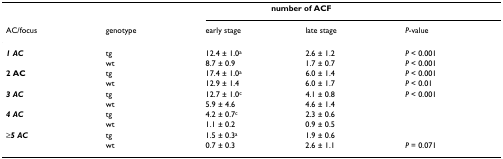
|  |  | <COLSPAN=2> number of ACF |  |
 | AC/focus | genotype | early stage | late stage | P-value |
 | --- | --- | --- | --- | --- |
 | 1 AC | tg | 12.4 ± 1.0a | 2.6 ± 1.2 | P < 0.001 |
 |  | wt | 8.7 ± 0.9 | 1.7 ± 0.7 | P < 0.001 |
 | 2 AC | tg | 17.4 ± 1.0a | 6.0 ± 1.4 | P < 0.001 |
 |  | wt | 12.9 ± 1.4 | 6.0 ± 1.7 | P < 0.01 |
 | 3 AC | tg | 12.7 ± 1.0c | 4.1 ± 0.8 | P < 0.001 |
 |  | wt | 5.9 ± 4.6 | 4.6 ± 1.4 |  |
 | 4 AC | tg | 4.2 ± 0.7c | 2.3 ± 0.6 |  |
 |  | wt | 1.1 ± 0.2 | 0.9 ± 0.5 |  |
 | ≥5 AC | tg | 1.5 ± 0.3a | 1.9 ± 0.6 |  |
 |  | wt | 0.7 ± 0.3 | 2.6 ± 1.1 | P = 0.071 |